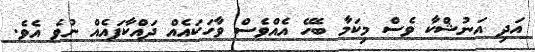
އަދި އަނުޝްކާ ވެސް މިކަމާ ބެހޭ އެއްވެސް ވާހަކައެއް ދައްކާފައެއް ނުވެ އެވެ.